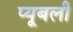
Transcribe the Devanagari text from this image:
प्यूबली